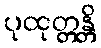
ပုထုတ္တန္တိ